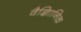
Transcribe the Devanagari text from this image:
वैज्ञिानिक